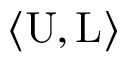
\langle { \mathrm { U } } , { \mathrm { L } } \rangle